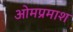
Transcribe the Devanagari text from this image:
ओमप्रमाश